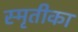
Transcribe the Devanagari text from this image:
स्मृतीका